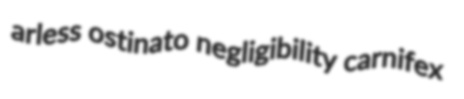
arless ostinato negligibility carnifex